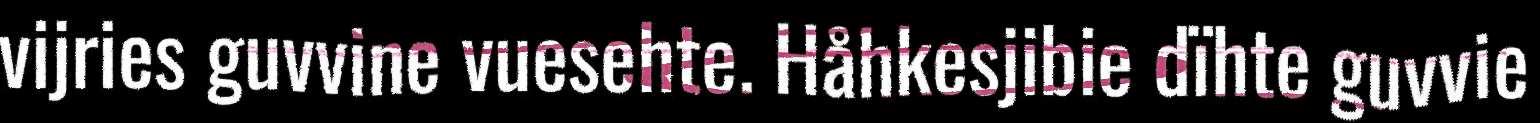
vijries guvvine vuesehte. Håhkesjibie dïhte guvvie